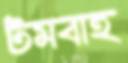
টমবাহ